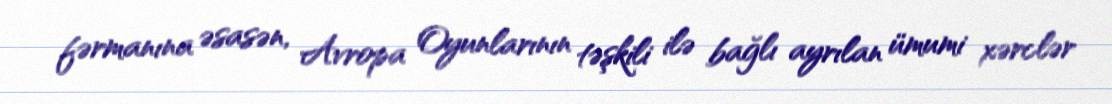
fərmanına əsasən, Avropa Oyunlarının təşkili ilə bağlı ayrılan ümumi xərclər